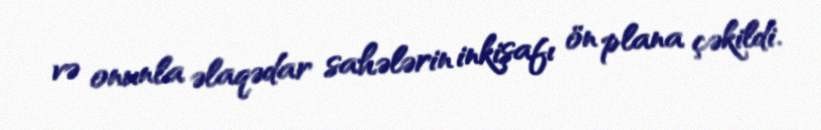
və onunla əlaqədar sahələrin inkişafı ön plana çəkildi.